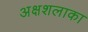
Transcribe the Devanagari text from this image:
अक्षशलाका